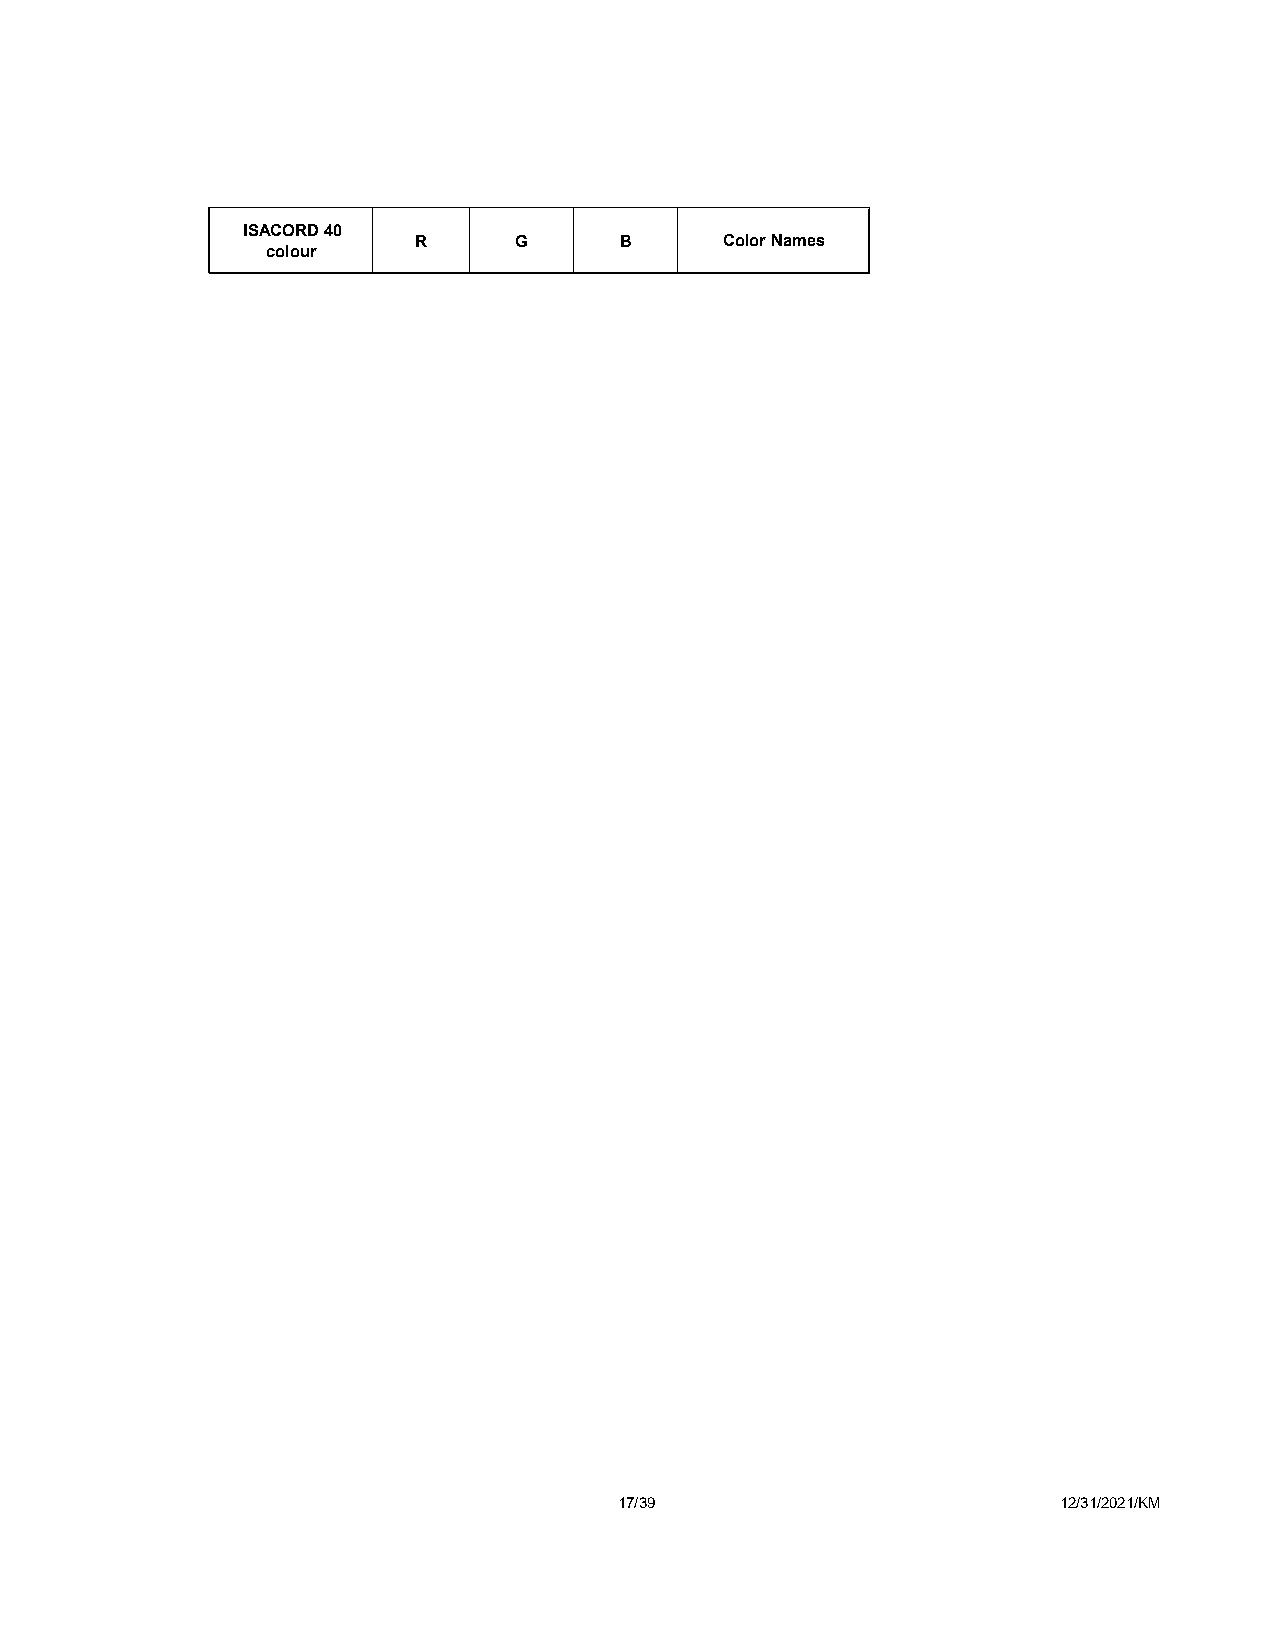
ISACORD 40
 R      G      B      Color Names
 colour
 17/39                        12/31/2021/KM